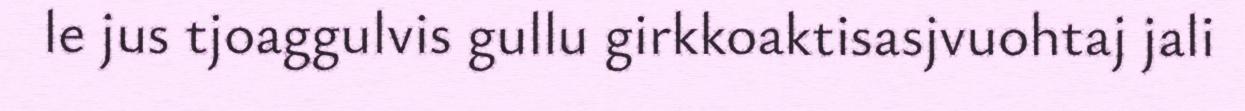
le jus tjoaggulvis gullu girkkoaktisasjvuohtaj jali